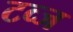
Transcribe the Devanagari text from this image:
टव्ज